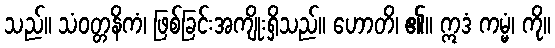
သည်။ သံဝတ္တနိကံ၊ ဖြစ်ခြင်းအကျိုးရှိသည်။ ဟောတိ၊ ၏။ ဣဒံ ကမ္မံ၊ ကို။